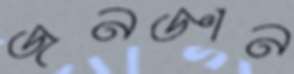
জনজ্ঞান